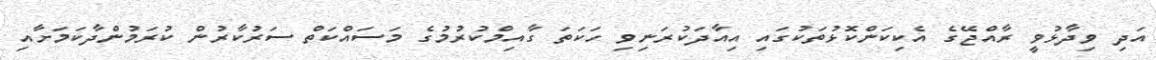
އަދި ވިދާޅުވީ ރާއްޖޭގެ އެކިކަންކޮޅުތަކުގައި އިއާދަކުރަނިވި ހަކަތަ ގާއިމްކުރުމުގެ މަސައްކަތް ސަރުކާރުން ކުރަމުންދާކަމަށާއި